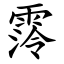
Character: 霗